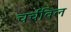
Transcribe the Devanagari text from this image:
चर्चविल